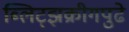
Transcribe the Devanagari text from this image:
ब्लिट्झक्रीगपुढे